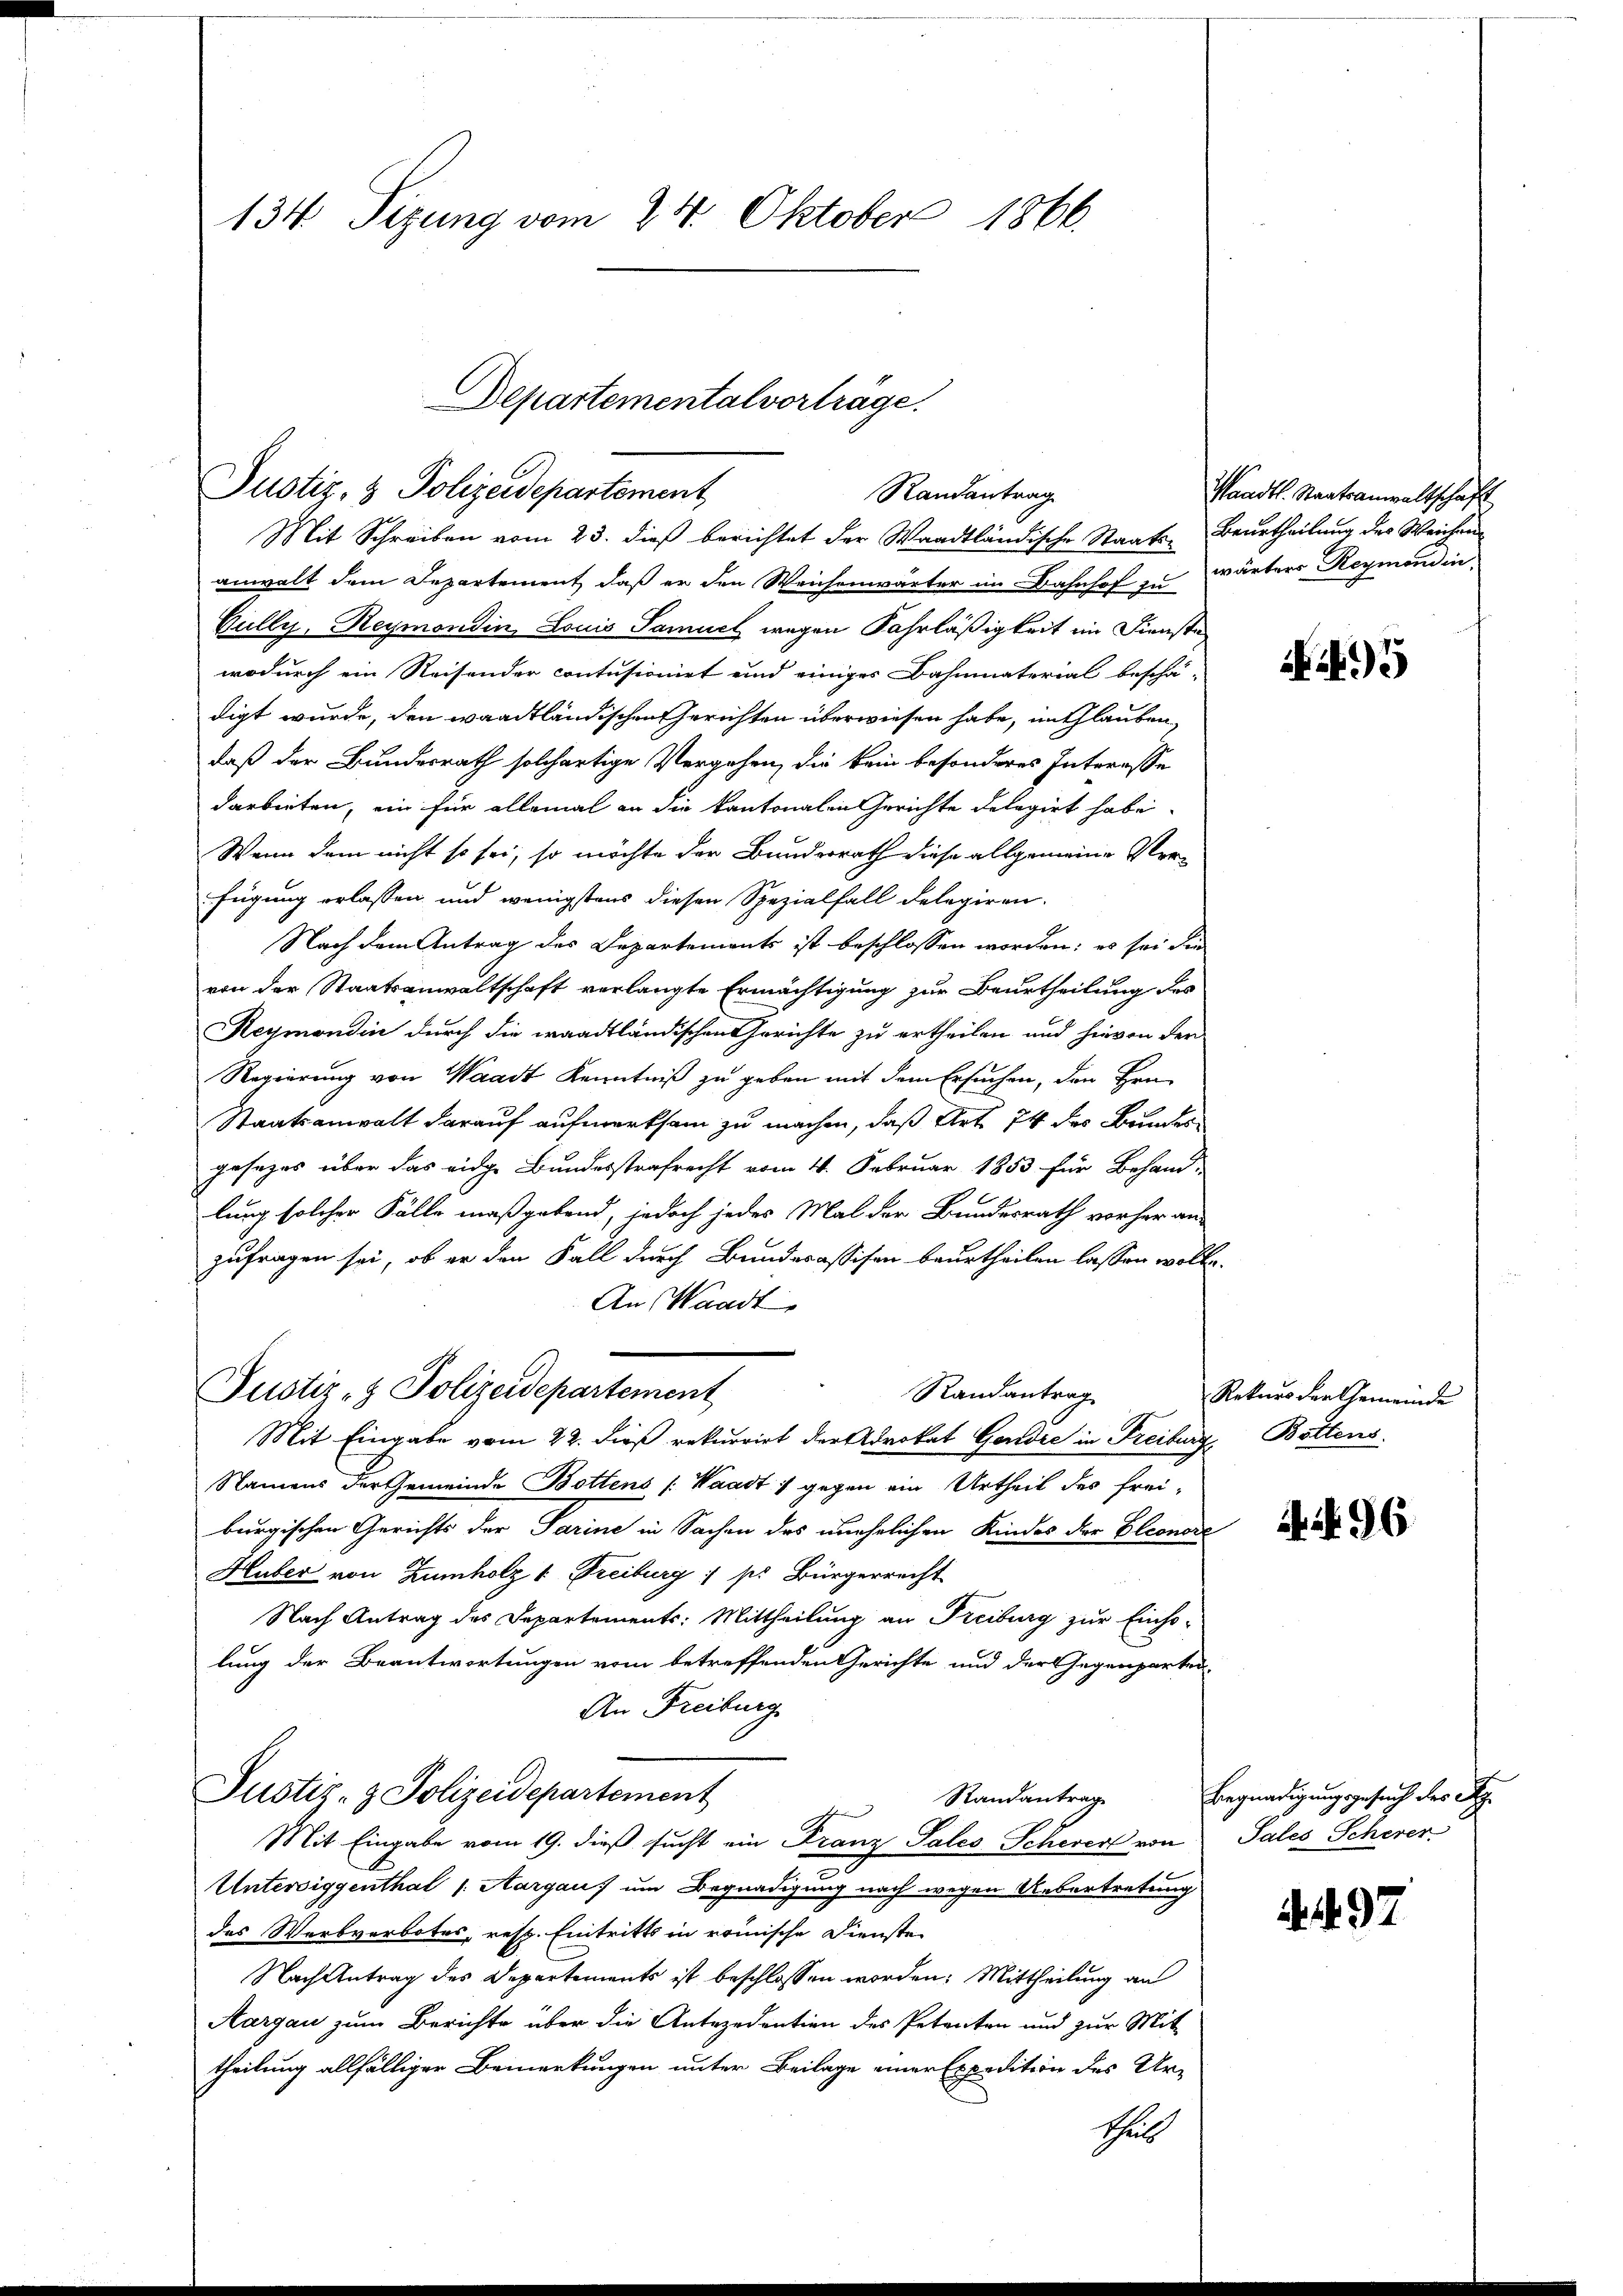
134 Sizung vom 24. Oktober 1866.

Departemental vorträge.
Justiz- & Polizeidepartement
Randantrag
Mit Schreiben vom 23. dieß berichtet der Waadtländische Staats-Beurtheilung des Weichen¬

anwalt dem Departement, daß er den Weichenwärter im Bahnhof zu wärters Reymondin
Cully, Reymondin Louis Samuel wegen Fahrläßigkeit im Dienste
wodurch ein Reisender contusionirt und einiges Bahnmaterial beschä-
digt wurde, den waadtländischen Gerichten überwiesen habe, in Glauben,
daß der Bundesrath solchertige Vergehen, die kein besonderes Interesse
darbieten, ein für allemal an die kantonalen Gerichte delegirt habe.
Wenn dem nicht so sei, so möchte der Bunderrath diese allgemeine Verfügung erlassen und wenigstens diesen Spezialfall delegiren.
Nach dem Antrag des Departements ist beschlossen worden; es sei die
von der Staatsanwaltschaft verlangte Ermächtigung zur Beurtheilung des
Reymondin durch die waadtländischen Gerichte zu ertheilen und hievon der
Regierung von Waadt Kenntniß zu geben mit dem Ersuchen, den Hrn.
Staatsanwalt darauf aufmerksam zu machen, daß Art. 74 des Bundes
gesezes über das eidge Bundesstrafrecht vom 4. Februar 1853 für Behand-
lung solcher Fälle maßgebend, jedoch jedes Mal der Bundesrath vorher an-
zufragen sei, ob er den Fall durch Bunderassifen beurtheilen lassen wolle.
An Waadt
Justiz- & Polizeidepartement
Randantrag
Mit Eingabe vom 22. dieß rekurrirt der Advokat Geridee in Freiburg, Bottens
Namens der Gemeinde Bottens (Waadt) gegen ein Urtheil des frei-
burgischen Gerichts der Parine in Sachen des unehelichen Kindes der Eleonori
Huber von Zumholz & Freiburg: sie Bürgerrecht
Nach Antrag des Departements: Mittheilung an Freiburg zur Einho-
lung der Beantwortungen vom betreffenden Gerichte und der Gegenparten-
An Freiburg
Justiz- & Polizeidepartement
Randantrag
Mit Eingabe vom 19. dieß sucht ein Franz Pales Schevert von
Untersiggenthal /: Aargau) um Begnadigung nach wegen Uebertretung
des Werbverbotes, resp. Eintritts in römische Dienste
Nach Antrag des Departements ist beschlossen worden: Mittheilung an
Aargau zum Berichte über die Antezedention des Petenten und zur Mit-
theilung allfälliger Bemerkungen unter Beilage einer Expedition des Ur-
theilt

Waadt. Staatsanwaltschaft

5

Rekurs der Gemeinde

96

Begnadigungsgesuch der S.
Sales Scherer

. 4. 97